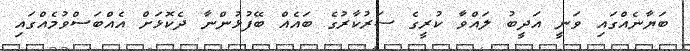
ބަޔާނެއްގައި ވަނީ އަދީބު ލައްވާ ކުރީގެ ސަރުކާރުގެ ބައެއް ބޭފުޅުންނާ ދެކޮޅަށް އެއްބަސްވުމެއްގައި